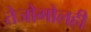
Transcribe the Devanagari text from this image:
तेजोगोलही